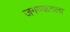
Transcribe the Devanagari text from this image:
जगण्यातला